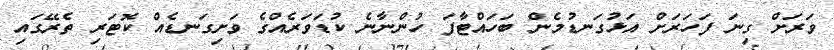
ވަރަށް ގިނަ ފަހަރަށް އަޅުގަނޑުމެން ބަހައްޓާފަ ހުންނާނެ ކުޑަވަރެއްގެ ވަށިގަނޑެއް ކޮޓަރި ތެރޭގައި